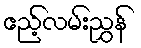
ဧည့်လမ်းညွှန်